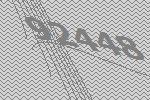
92448